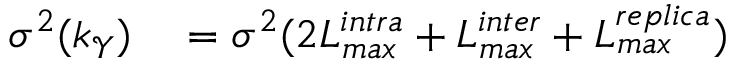
\begin{array} { r l } { \sigma ^ { 2 } ( k _ { \mathcal { Y } } ) } & { { } = \sigma ^ { 2 } ( 2 L _ { m a x } ^ { i n t r a } + L _ { m a x } ^ { i n t e r } + L _ { m a x } ^ { r e p l i c a } ) } \end{array}